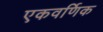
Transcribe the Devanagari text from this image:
एकवर्णिक